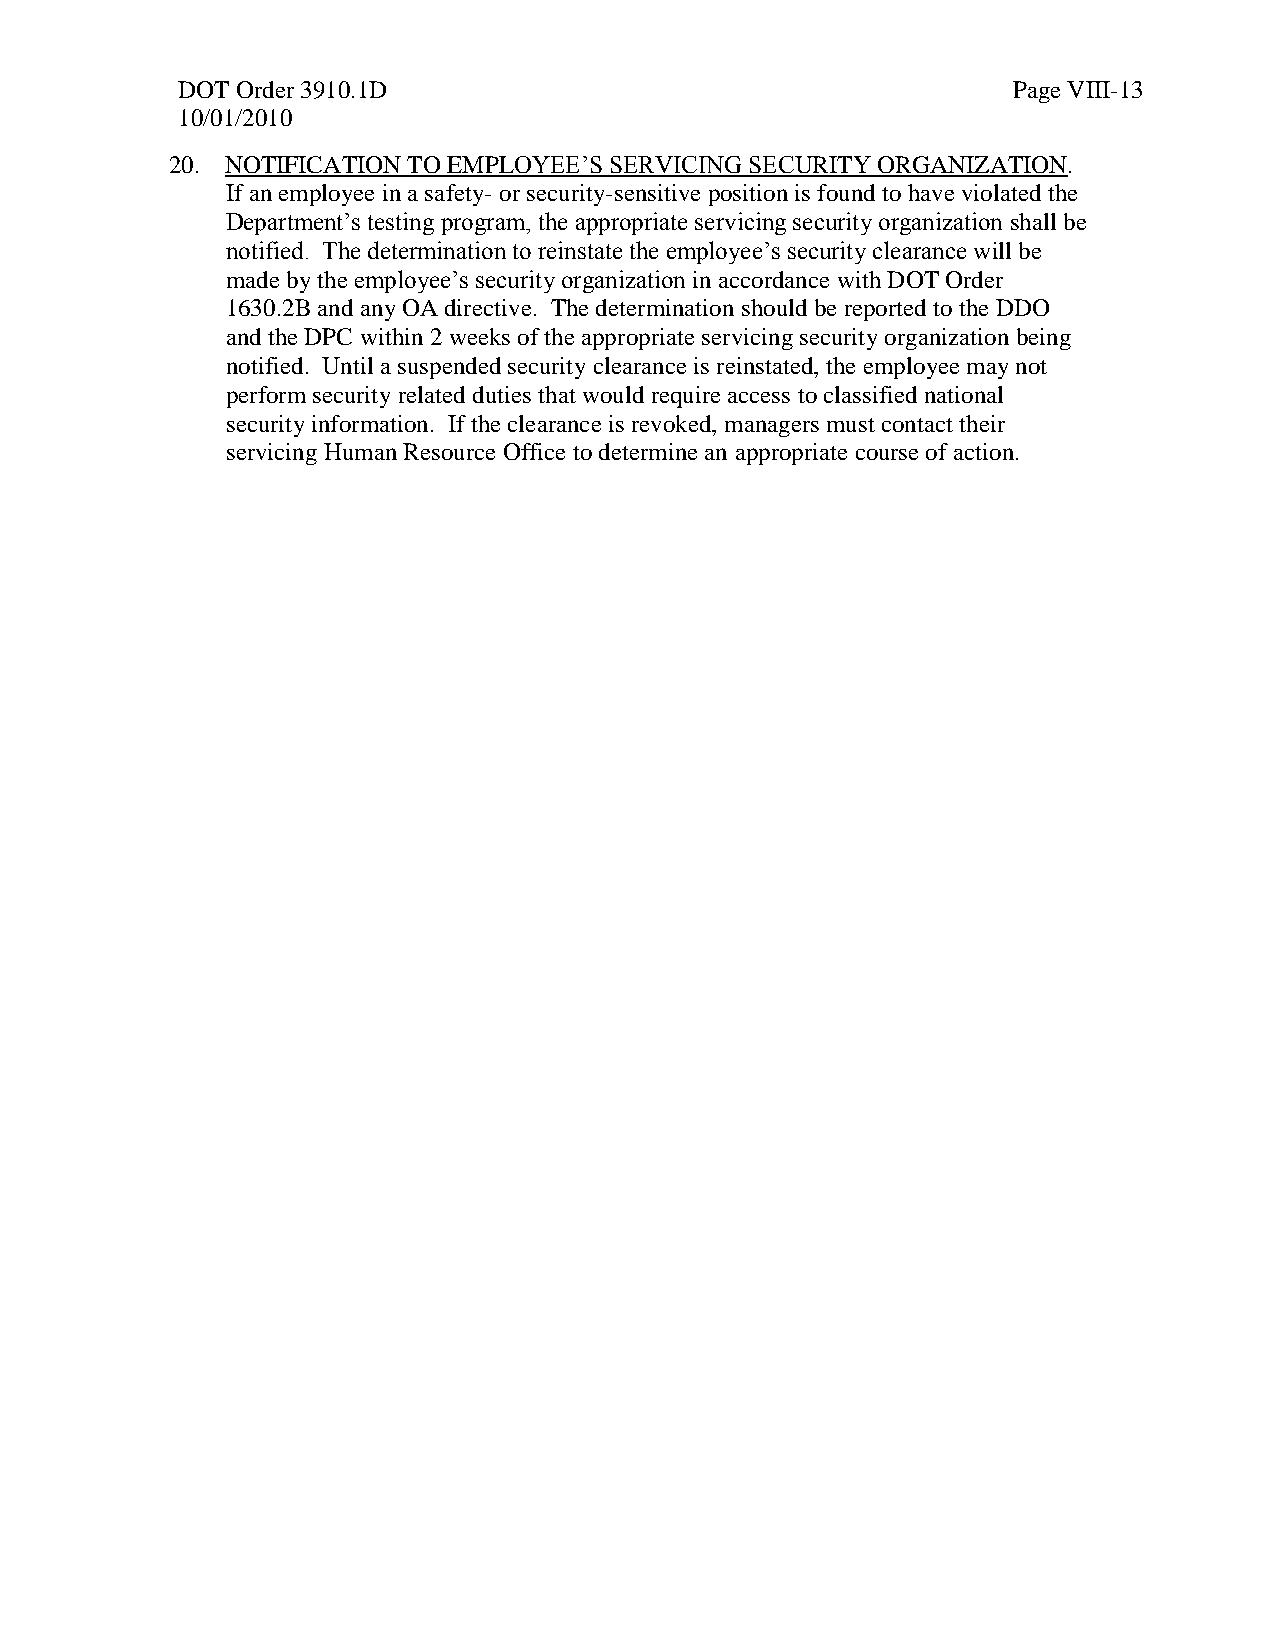
DOT Order 3910.1D                                      Page VIII-13
 10/01/2010
 20. NOTIFICATION TO EMPLOYEE’S SERVICING SECURITY ORGANIZATION.
 If an employee in a safety- or security-sensitive position is found to have violated the
 Department’s testing program, the appropriate servicing security organization shall be
 notified. The determination to reinstate the employee’s security clearance will be
 made by the employee’s security organization in accordance with DOT Order
 1630.2B and any OA directive. The determination should be reported to the DDO
 and the DPC within 2 weeks of the appropriate servicing security organization being
 notified. Until a suspended security clearance is reinstated, the employee may not
 perform security related duties that would require access to classified national
 security information. If the clearance is revoked, managers must contact their
 servicing Human Resource Office to determine an appropriate course of action.